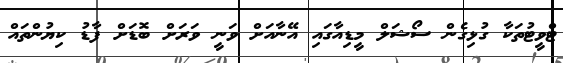
ޓްވީޓުތަކާ ގުޅިގެން ސޯޝަލް މީޑިއާގައި އޭނާއަށް ވަނީ ވަރަށް ބޮޑަށް ފާޑު ކިޔުންތައް